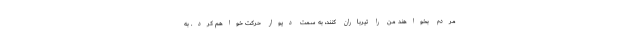
مردم بخواهند من را تیرباران کنند، به سمت دیوار حرکت خواهم کرد. به